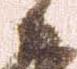
々